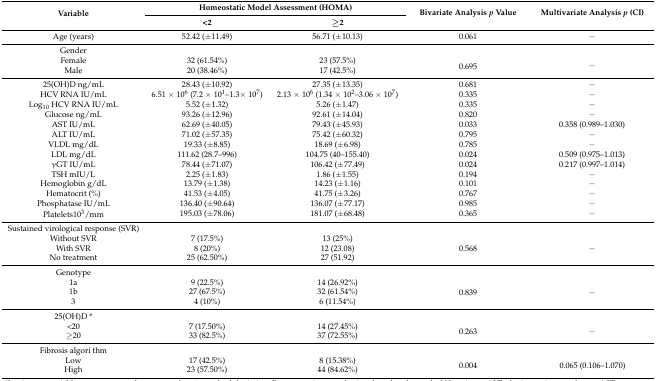
<table><thead><tr><td rowspan="2"><b>Variable</b></td><td colspan="2"><b>Homeostatic Model Assessment (HOMA)</b></td><td rowspan="2"><b>Bivariate Analysis <i>p</i> Value</b></td><td rowspan="2"><b>Multivariate Analysis <i>p</i> (CI)</b></td></tr><tr><td><b>&lt;2</b></td><td><b>≥2</b></td></tr></thead><tbody><tr><td>Age (years)</td><td>52.42 (±11.49)</td><td>56.71 (±10.13)</td><td>0.061</td><td>−</td></tr><tr><td>Gender</td><td></td><td></td><td></td><td></td></tr><tr><td>Female</td><td>32 (61.54%)</td><td>23 (57.5%)</td><td rowspan="2">0.695</td><td rowspan="2">−</td></tr><tr><td>Male</td><td>20 (38.46%)</td><td>17 (42.5%)</td></tr><tr><td>25(OH)D ng/mL</td><td>28.43 (±10.92)</td><td>27.35 (±13.35)</td><td>0.681</td><td>−</td></tr><tr><td>HCV RNA IU/mL</td><td>6.51 × 10<sup>6</sup> (7.2 × 10<sup>1</sup>–1.3× 10<sup>7</sup>)</td><td>2.13 × 10<sup>6</sup> (1.34 × 10<sup>2</sup>–3.06 × 10<sup>7</sup>)</td><td>0.335</td><td>−</td></tr><tr><td>Log<sub>10</sub> HCV RNA IU/mL</td><td>5.52 (±1.32)</td><td>5.26 (±1.47)</td><td>0.335</td><td>−</td></tr><tr><td>Glucose ng/mL</td><td>93.26 (±12.96)</td><td>92.61 (±14.04)</td><td>0.820</td><td>−</td></tr><tr><td>AST IU/mL</td><td>62.69 (±40.05)</td><td>79.43 (±45.93)</td><td>0.033</td><td>0.358 (0.989–1.030)</td></tr><tr><td>ALT IU/mL</td><td>71.02 (±57.35)</td><td>75.42 (±60.32)</td><td>0.795</td><td>−</td></tr><tr><td>VLDL mg/dL</td><td>19.33 (±8.85)</td><td>18.69 (±6.98)</td><td>0.785</td><td>−</td></tr><tr><td>LDL mg/dL</td><td>111.62 (28.7–996)</td><td>104.75 (40–155.40)</td><td>0.024</td><td>0.509 (0.975–1.013)</td></tr><tr><td>γGT IU/mL</td><td>78.44 (±71.07)</td><td>106.42 (±77.49)</td><td>0.024</td><td>0.217 (0.997–1.014)</td></tr><tr><td>TSH mIU/L</td><td>2.25 (±1.83)</td><td>1.86 (±1.55)</td><td>0.194</td><td>−</td></tr><tr><td>Hemoglobin g/dL</td><td>13.79 (±1.38)</td><td>14.23 (±1.16)</td><td>0.101</td><td>−</td></tr><tr><td>Hematocrit (%)</td><td>41.53 (±4.05)</td><td>41.75 (±3.26)</td><td>0.767</td><td>−</td></tr><tr><td>Phosphatase IU/mL</td><td>136.40 (±90.64)</td><td>136.07 (±77.17)</td><td>0.985</td><td>−</td></tr><tr><td>Platelets10<sup>3</sup>/mm</td><td>195.03 (±78.06)</td><td>181.07 (±68.48)</td><td>0.365</td><td>−</td></tr><tr><td>Sustained virological response (SVR)</td><td></td><td></td><td></td><td></td></tr><tr><td>Without SVR</td><td>7 (17.5%)</td><td>13 (25%)</td><td rowspan="3">0.568</td><td rowspan="3">−</td></tr><tr><td>With SVR</td><td>8 (20%)</td><td>12 (23.08)</td></tr><tr><td>No treatment</td><td>25 (62.50%)</td><td>27 (51.92)</td></tr><tr><td>Genotype</td><td></td><td></td><td></td><td></td></tr><tr><td>1a</td><td>9 (22.5%)</td><td>14 (26.92%)</td><td rowspan="3">0.839</td><td rowspan="3">−</td></tr><tr><td>1b</td><td>27 (67.5%)</td><td>32 (61.54%)</td></tr><tr><td>3</td><td>4 (10%)</td><td>6 (11.54%)</td></tr><tr><td>25(OH)D *</td><td></td><td></td><td></td><td></td></tr><tr><td>&lt;20</td><td>7 (17.50%)</td><td>14 (27.45%)</td><td rowspan="2">0.263</td><td rowspan="2">−</td></tr><tr><td>≥20</td><td>33 (82.5%)</td><td>37 (72.55%)</td></tr><tr><td>Fibrosis algori thm</td><td></td><td></td><td></td><td></td></tr><tr><td>Low</td><td>17 (42.5%)</td><td>8 (15.38%)</td><td rowspan="2">0.004</td><td rowspan="2">0.065 (0.106–1.070)</td></tr><tr><td>High</td><td>23 (57.50%)</td><td>44 (84.62%)</td></tr></tbody></table>